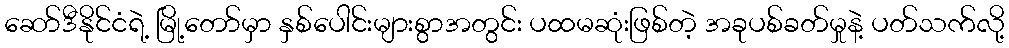
ဆော်ဒီနိုင်ငံရဲ့ မြို့တော်မှာ နှစ်ပေါင်းများစွာအတွင်း ပထမဆုံးဖြစ်တဲ့ အခုပစ်ခတ်မှုနဲ့ ပတ်သက်လို့